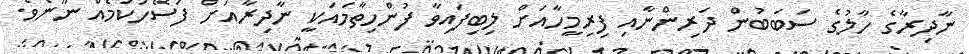
ނާދިރާގެ ހާލުގެ ސަބަބުން ދަރިންނާއި ފިރިމީހާއަށް ލިބިފައިވާ ފުންހިތާމައަކީ ނާދިރާއަށް ފަސޭހަކަމެއް ނޫނެވެ.